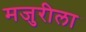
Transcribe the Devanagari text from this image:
मजुरीला